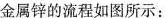
属锌的流程如图所示：